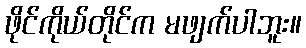
ဖိုင်ကိုယ်တိုင်က မဖျက်ပါဘူး။